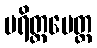
ပရိတ္တမေတ္ထ